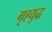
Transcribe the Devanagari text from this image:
गृहयुद्ध